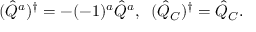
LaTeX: ( \hat { Q } ^ { a } ) ^ { \dagger } = - ( - 1 ) ^ { a } \hat { Q } ^ { a } , \; \; ( \hat { Q } _ { C } ) ^ { \dagger } = \hat { Q } _ { C } .